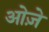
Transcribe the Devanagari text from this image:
ओज़े